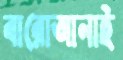
বারোআনাই